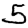
Digit: 5